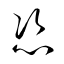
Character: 恣